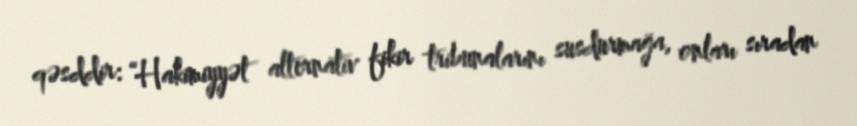
qəsddir: “Hakimiyyət alternativ fikir tribunalarını susdurmağa, onları sıradan